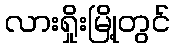
လားရှိုးမြို့တွင်